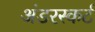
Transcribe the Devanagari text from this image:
अंडरस्कर्ट